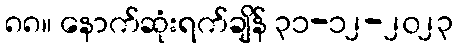
၈၈။ နောက်ဆုံးရက်ချိန် ၃၁-၁၂-၂၀၂၃